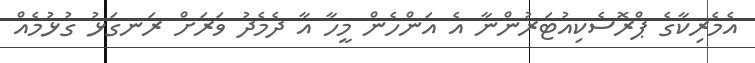
އެމެރިކާގެ ޕްރޮސެކިއުޓަރުންނާ އެ އަންހެން މީހާ އާ ދެމެދު ވަރަށް ރަނގަޅު ގުޅުމެއް